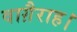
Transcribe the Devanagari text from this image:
वाग़ैराह।